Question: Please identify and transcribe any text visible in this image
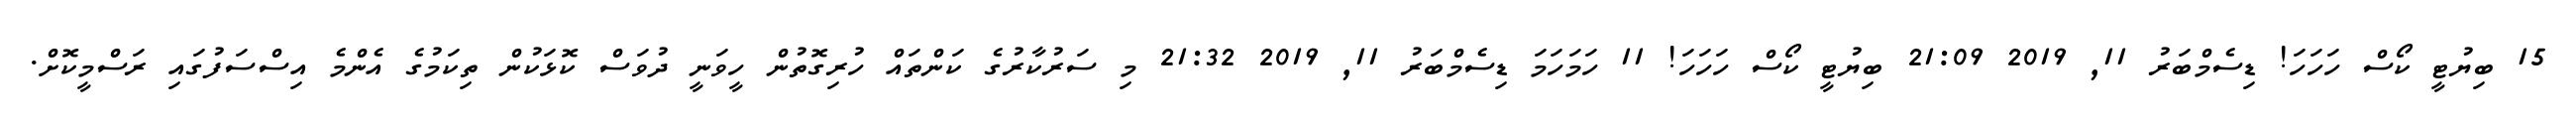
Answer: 15 ބިޔުޓީ ކޯސް ހަހަހަ! ޑިސެމްބަރު 11, 2019 21:09 ބިޔުޓީ ކޯސް ހަހަހަ! 11 ހަމަހަމަ ޑިސެމްބަރު 11, 2019 21:32 މި ސަރުކާރުގެ ކަންތައް ހުރިގޮތުން ހީވަނީ ދުވަސް ކޮޅަކުން ތިކަމުގެ އެންމެ އިސްސަފުގައި ރަސްމީކޮށް.